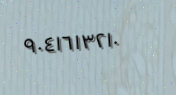
٩٠٤١٦١٣٢١٠